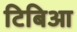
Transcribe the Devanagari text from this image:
टिबिआ